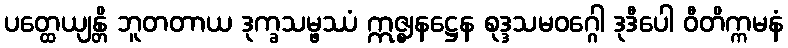
ပတ္ထေယျန္တိ ဘူတတာယ ဒုက္ခသမ္ဖဿံ ဣဇ္ဈနဋ္ဌေန စုဒ္ဒသမဝဂ္ဂေါ ဒုဒီပေါ ဝီတိက္ကမနံ